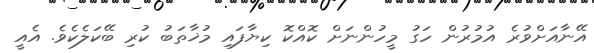
އޭނާއަށްވުރެ އުމުރުން ހަގު މީހުންނަށް ކޮއްކޮ ކިޔާފައި މުޚާތަބު ކުރި ބޭކަލެކެވެ. އެއީ